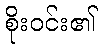
စိုးဝင်း၏